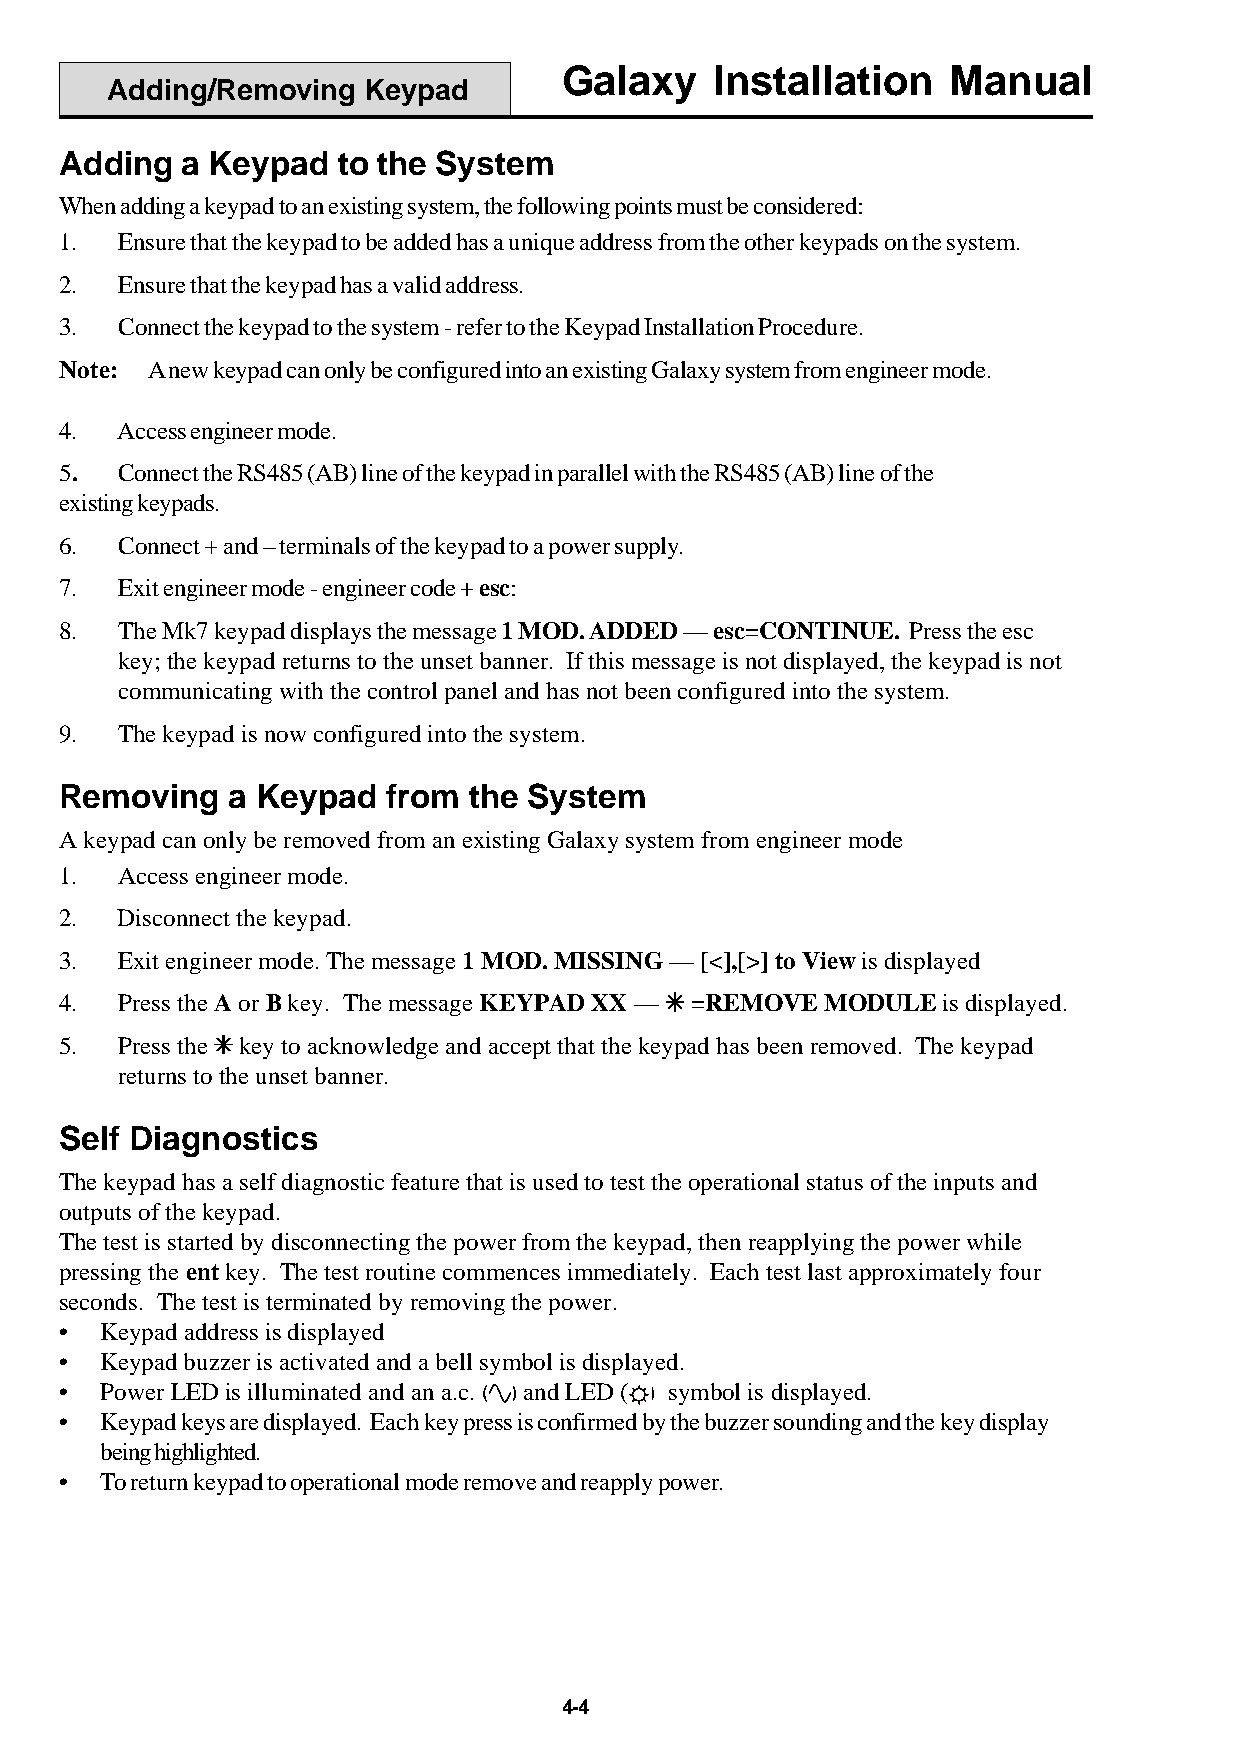
Galaxy    Installation    Manual
 Adding/Removing  Keypad
 Adding  a Keypad  to the System
 When adding a keypad to an existing system, the following points must be considered:
 1.  Ensure that the keypad to be added has a unique address from the other keypads on the system.
 2.  Ensure that the keypad has a valid address.
 3.  Connect the keypad to the system - refer to the Keypad Installation Procedure.
 Note: A new keypad can only be configured into an existing Galaxy system from engineer mode.
 4.  Access engineer mode.
 5.  Connect the RS485 (AB) line of the keypad in parallel with the RS485 (AB) line of the
 existing keypads.
 6.  Connect + and – terminals of the keypad to a power supply.
 7.  Exit engineer mode - engineer code + esc:
 8.  The Mk7 keypad displays the message 1 MOD. ADDED — esc=CONTINUE. Press the esc
 key; the keypad returns to the unset banner. If this message is not displayed, the keypad is not
 communicating with the control panel and has not been configured into the system.
 9.  The keypad is now configured into the system.
 Removing   a Keypad   from the System
 A keypad can only be removed from an existing Galaxy system from engineer mode
 1.  Access engineer mode.
 2.  Disconnect the keypad.
 3.  Exit engineer mode. The message 1 MOD. MISSING — [<],[>] to View is displayed
 4.  Press the A or B key. The message KEYPAD XX — TTTTT =REMOVE MODULE is displayed.
 5.  Press the TTTTT key to acknowledge and accept that the keypad has been removed. The keypad
 returns to the unset banner.
 Self Diagnostics
 The keypad has a self diagnostic feature that is used to test the operational status of the inputs and
 outputs of the keypad.
 The test is started by disconnecting the power from the keypad, then reapplying the power while
 pressing the ent key. The test routine commences immediately. Each test last approximately four
 seconds. The test is terminated by removing the power.
 •  Keypad address is displayed
 •  Keypad buzzer is activated and a bell symbol is displayed.
 •  Power LED is illuminated and an a.c. ( ) and LED ( ) symbol is displayed.
 •  Keypad keys are displayed. Each key press is confirmed by the buzzer sounding and the key display
 being highlighted.
 •  To return keypad to operational mode remove and reapply power.
 4-4